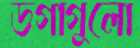
ডগাগুলো